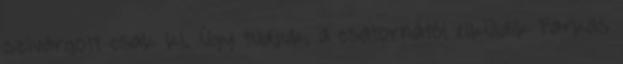
szivárgott csak ki. Úgy tudjuk, a csatornától elküldik Farkas